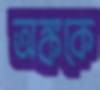
অঙ্ককে